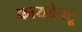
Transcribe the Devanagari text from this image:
कायदेपटू